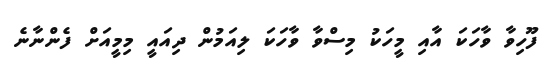
ފޫހިވާ ވާހަކަ އާއި މީހަކު މިސްވާ ވާހަކަ ލިއަމުން ދިއައީ މިމީއަށް ފެންނާނެ